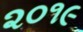
૨૦૧૯